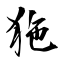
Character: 狏